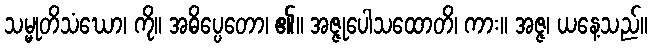
သမ္မုတိသံဃော၊ ကို။ အဓိပ္ပေတော၊ ၏။ အဇ္ဇုပေါသထောတိ၊ ကား။ အဇ္ဇ၊ ယနေ့သည်။